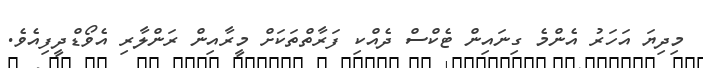
މިދިޔަ އަހަރު އެންމެ ގިނައިން ޓެކްސް ދެއްކި ފަރާތްތަކަށް މީރާއިން ރަންލާރި އެވޯޑްދީފިއެވެ.